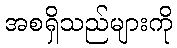
အစရှိသည်များကို